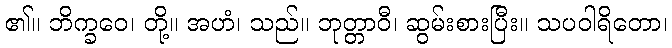
၏။ ဘိက္ခဝေ၊ တို့။ အဟံ၊ သည်။ ဘုတ္တာဝီ၊ ဆွမ်းစားပြီး။ သပဝါရိတော၊